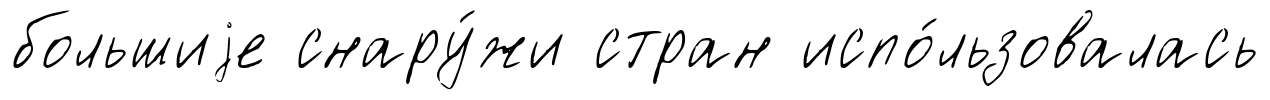
большиjе снару́жи стран испо́льзовалась